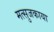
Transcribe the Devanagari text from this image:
मत्सुजकाया